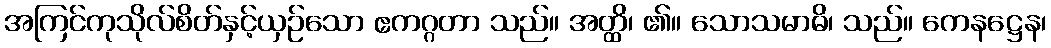
အကြင်ကုသိုလ်စိတ်နှင့်ယှဉ်သော ဧကဂ္ဂတာ သည်။ အတ္ထိ၊ ၏။ သောသမာဓိ၊ သည်။ ကေနဋ္ဌေန၊